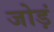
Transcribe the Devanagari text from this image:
जोड़ं